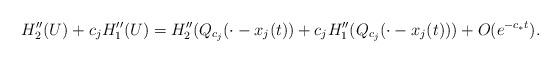
LaTeX: \begin{align*}H_2''(U)+c_jH_1''(U)=H_2''(Q_{c_j}(\cdot-x_j(t))+c_jH_1''(Q_{c_j}(\cdot-x_j(t)))+O(e^{-c_*t}). \end{align*}